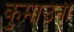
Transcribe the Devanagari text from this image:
कुमाउंनी